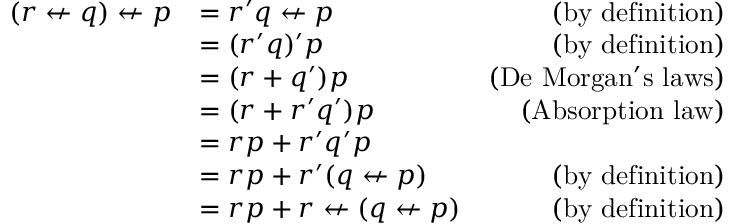
{ \begin{array} { r l r } { ( r \nleftarrow q ) \nleftarrow p } & { = r ^ { \prime } q \nleftarrow p } & { { \mathrm { ( b y ~ d e f i n i t i o n ) } } } \\ & { = ( r ^ { \prime } q ) ^ { \prime } p } & { { \mathrm { ( b y ~ d e f i n i t i o n ) } } } \\ & { = ( r + q ^ { \prime } ) p } & { { \mathrm { ( D e ~ M o r g a n ' s ~ l a w s ) } } } \\ & { = ( r + r ^ { \prime } q ^ { \prime } ) p } & { { \mathrm { ( A b s o r p t i o n ~ l a w ) } } } \\ & { = r p + r ^ { \prime } q ^ { \prime } p } \\ & { = r p + r ^ { \prime } ( q \nleftarrow p ) } & { { \mathrm { ( b y ~ d e f i n i t i o n ) } } } \\ & { = r p + r \nleftarrow ( q \nleftarrow p ) } & { { \mathrm { ( b y ~ d e f i n i t i o n ) } } } \end{array} }